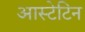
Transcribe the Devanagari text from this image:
आस्टेटिन